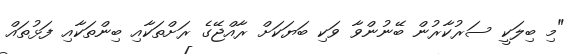
"މި ބިލަކީ ސަރުކާރުން ބޭނުންވާ ވަކި ބަޔަކަށް ރާއްޖޭގެ ރަށްތަކާއި ބިންތަކާއި ފަޅުތައް